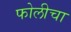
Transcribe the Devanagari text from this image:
फोलीचा